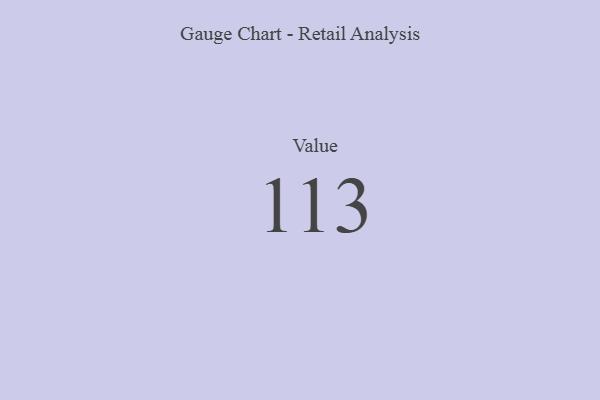
{"axis": {"x": "Metric", "y": "Value"}, "legend": [""], "data": [{"x": "Value", "y": 113, "type": ""}]}